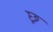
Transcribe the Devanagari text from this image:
छ्र